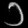
Digit: ၁